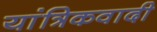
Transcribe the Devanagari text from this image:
यांत्रिकवादी